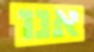
אנו